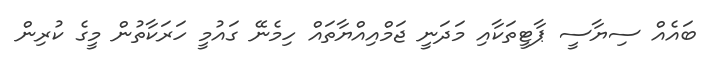
ބައެއް ސިޔާސީ ޕާޓީތަކާއި މަދަނީ ޖަމްއިއްޔާތައް ހިމެނޭ ގައުމީ ހަރަކާތުން މީގެ ކުރިން